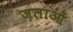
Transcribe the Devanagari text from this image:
ज़लाओं